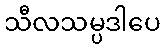
သီလသမ္ပဒါပေ